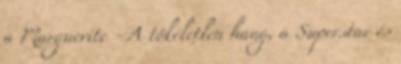
a Marguerite - A tökéletlen hang, a Superstar és